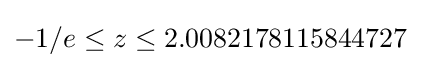
-1/e\leq z\leq 2.0082178115844727